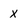
Character: X